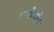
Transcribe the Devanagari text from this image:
दामोदरदेव